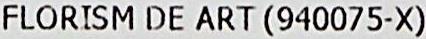
FLORISM DE ART (940075-X)